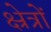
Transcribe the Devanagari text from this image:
क्ष्रेत्रों